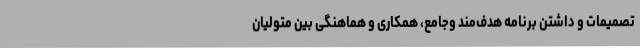
تصمیمات و داشتن برنامه هدف‌مند وجامع، همکاری و هماهنگی بین متولیان